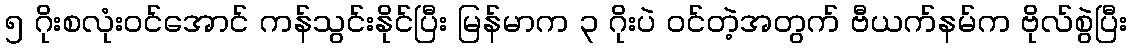
၅ ဂိုးစလုံးဝင်အောင် ကန်သွင်းနိုင်ပြီး မြန်မာက ၃ ဂိုးပဲ ဝင်တဲ့အတွက် ဗီယက်နမ်က ဗိုလ်စွဲပြီး